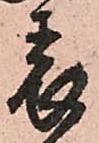
表